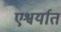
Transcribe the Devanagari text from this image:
एश्वर्यात